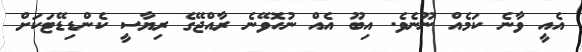
އެއީ ވާނެ ކަމެއް ނޫނެވެ. އިބޫ އެއް ނުހޮވޭނެ ރާއްޖޭގެ ރިޔާސީ ކެންޑިޑޭޓަކަށް